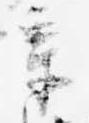
章